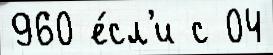
960 е́сл'и с 04